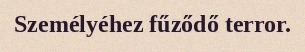
Személyéhez fűződő terror.